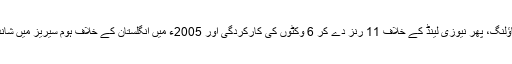
جیسا کہ 2002ء میں آسٹریلیا کے کولمبو ٹیسٹ میں باؤلنگ، پھر نیوزی لینڈ کے خلاف 11 رنز دے کر 6 وکٹوں کی کارکردگی اور 2005ء میں انگلستان کے خلاف ہوم سیریز میں شاندار کھیل ان کے ٹیسٹ کیریئر کی اہم ترین جھلک تھیں۔